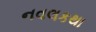
નવલકથા